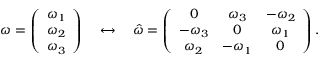
\begin{array} { r } { \boldsymbol \omega = \left( \begin{array} { c } { \omega _ { 1 } } \\ { \omega _ { 2 } } \\ { \omega _ { 3 } } \end{array} \right) \quad \leftrightarrow \quad \hat { \omega } = \left( \begin{array} { c c c } { 0 } & { \omega _ { 3 } } & { - \omega _ { 2 } } \\ { - \omega _ { 3 } } & { 0 } & { \omega _ { 1 } } \\ { \omega _ { 2 } } & { - \omega _ { 1 } } & { 0 } \end{array} \right) . } \end{array}